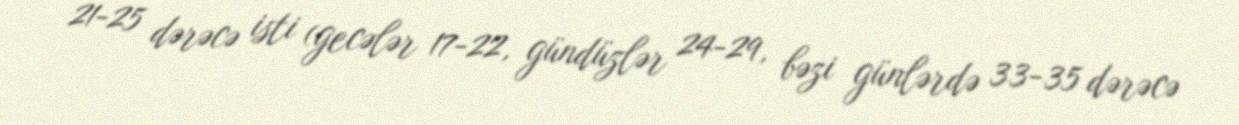
21-25 dərəcə isti (gecələr 17-22, gündüzlər 24-29, bəzi günlərdə 33-35 dərəcə